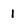
Character: 1